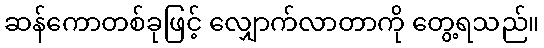
ဆန်ကောတစ်ခုဖြင့် လျှောက်လာတာကို တွေ့ရသည်။